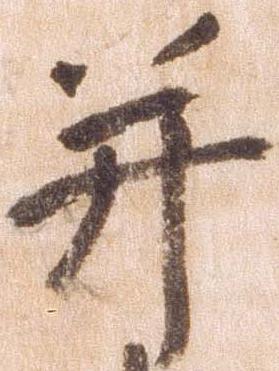
并